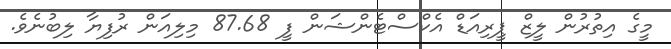
މީގެ އިތުރުން ލީޒް ޕީރިއަޑް އެކްސްޓެންޝަން ފީ 87.68 މިލިއަން ރުފިޔާ ލިބުނެވެ.